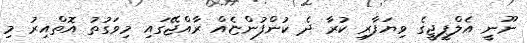
ނޫނީ އެލްޕީޖީގެ ވިޔަފާރި ކުރާ ދެ ކުންފުންޏެއް ރާއްޖޭގައި މިވަގުތު އޮތްއިރު މި